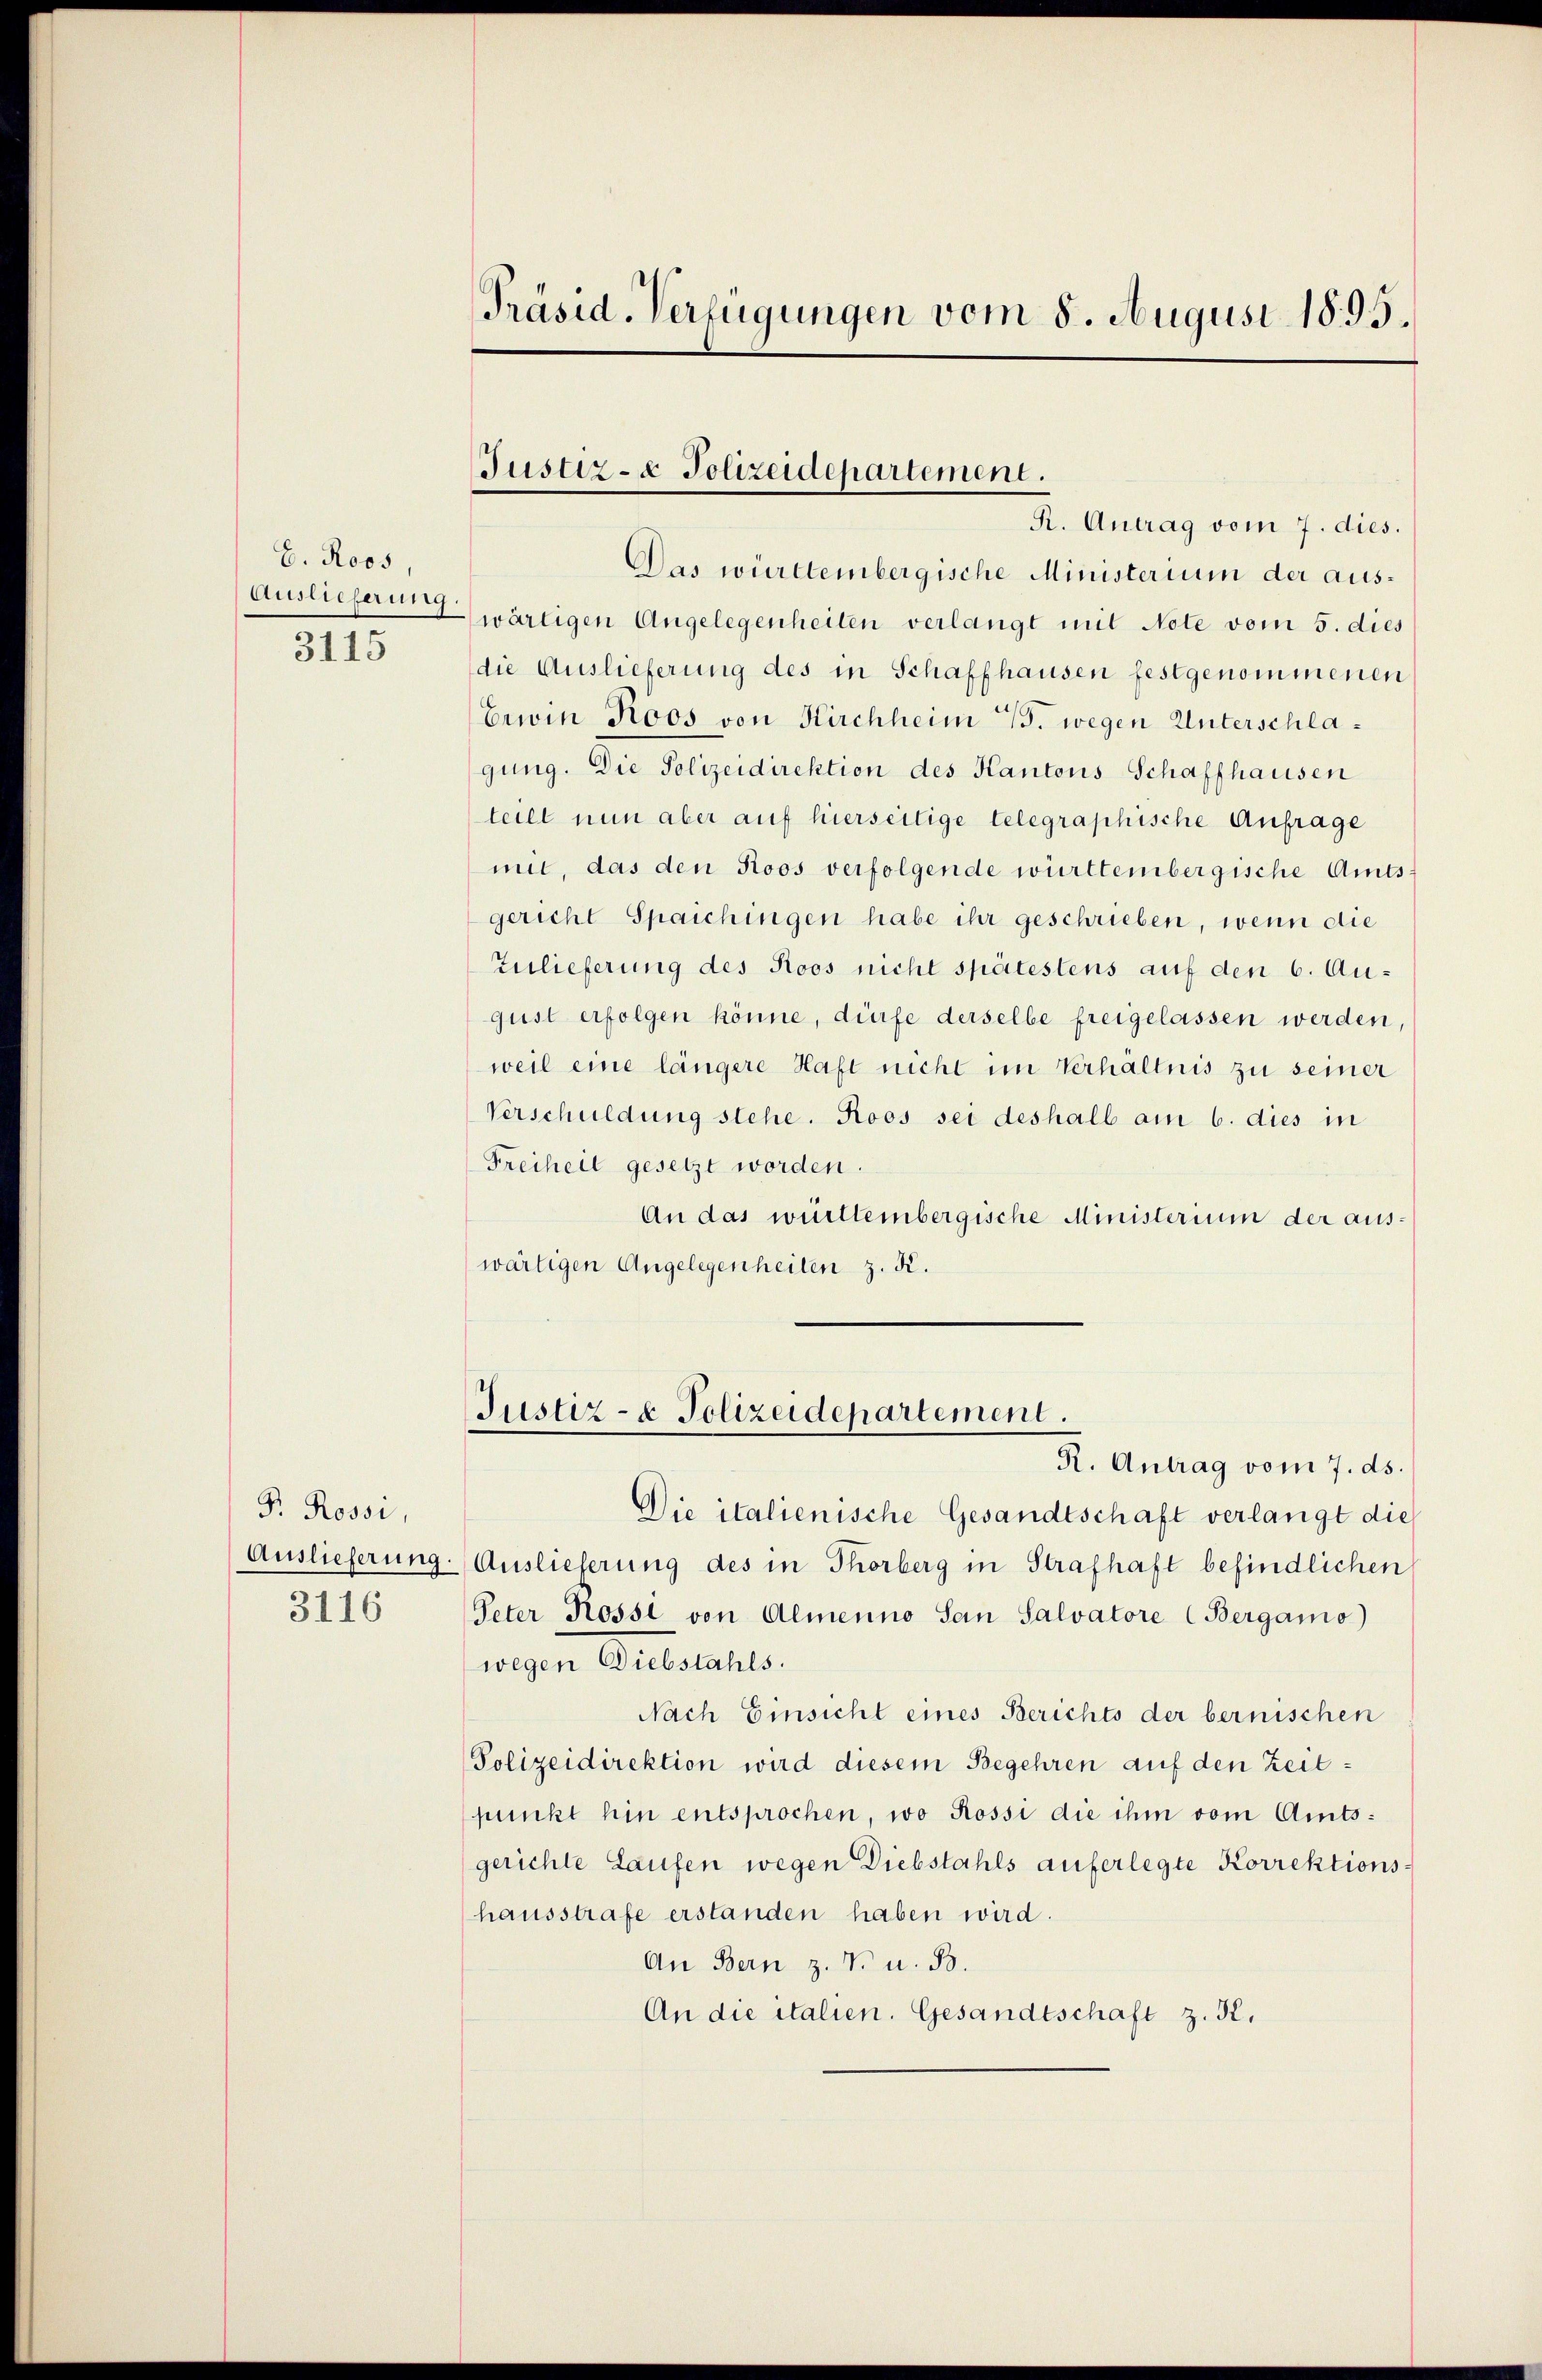
E. Roos,
Auslieferung
3115

P. Rossi,
3116

Präsid. Verfügungen vom 8. August 1895.

Das württembergische Ministerium der auswärtigen Angelegenheiten verlangt mit Note vom 5. dies
die Auslieferung des in Schaffhausen festgenommenen
Erwin Roos von Kirchheim 4. wegen Unterschlagung. Die Polizeidirektion des Kantons Schaffhausen
teilt nun aber auf hierseitige telegraphische Anfrage
mit, das den Roos verfolgende württembergische Amtsgericht Spaichingen habe ihr geschrieben, wenn die
Zulieferung des Roos nicht spätestens auf den 6. August erfolgen könne, dürfe derselbe freigelassen werden,
weil eine längere Haft nicht im Verhältnis zu seiner
Verschuldung stehe. Roos sei deshalb am 6. dies in
Freiheit gesetzt worden.
An das württembergische Ministerium der aus:
wärtigen Angelegenheilen z. K.

Die italienische Gesandtschaft verlangt die
Auslieferung. Auslieferung des in Thorberg in Strafhaft befindlichen
Peter Rossl von Almenno San Salvatore (Bergamo)
regen Gutacht.
Nach Einsicht eines Berichts der bernischen
Polizeidirektion wird diesem Begehren auf den Zeitpunkt hin entsprochen, wo Rossi die ihm vom Amtsgerichte Laufen wegen Diebstahls auferlegte Korrektionshausstrafe erstanden haben wird.
An Bern z. T. u. B.
An die italien. Gesandtschaft z. R.

Justiz- & Polizeidepartement.
R. Antrag vom 7. dies.

Justiz- & Polizeidepartement.
R. Antrag vom 7. ds.